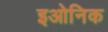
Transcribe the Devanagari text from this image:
इओनिक